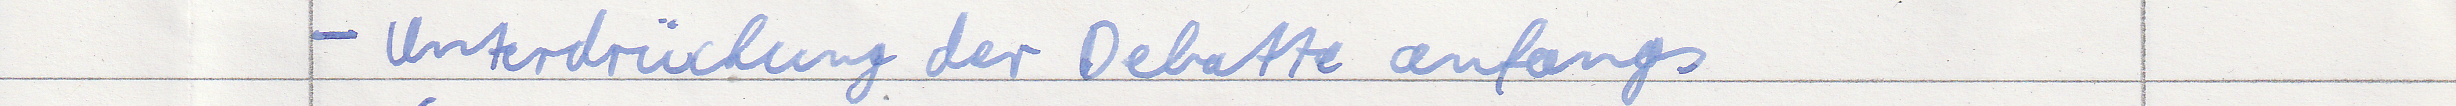
- Unterdrückung der Debatte anfangs